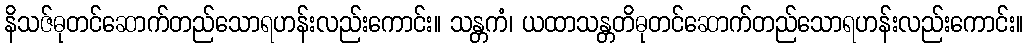
နိသဇ်ဓုတင်ဆောက်တည်သောရဟန်းလည်းကောင်း။ သန္တကံ၊ ယထာသန္တတိဓုတင်ဆောက်တည်သောရဟန်းလည်းကောင်း။